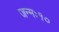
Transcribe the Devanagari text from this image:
जन्मः१०